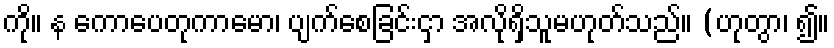
ကို။ န ကောပေတုကာမော၊ ပျက်စေခြင်းငှာ အလိုရှိသူမဟုတ်သည်။ (ဟုတွာ၊ ၍။